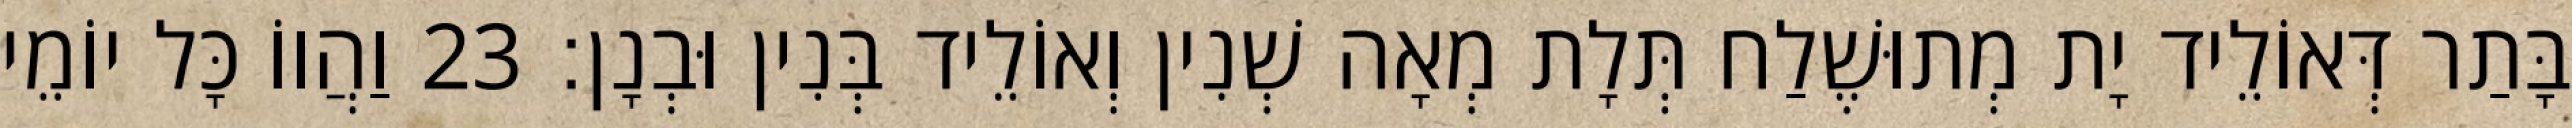
בָּתַר דְּאוֹלֵיד יָת מְתוּשֶׁלַח תְּלָת מְאָה שְׁנִין וְאוֹלֵיד בְּנִין וּבְנָן׃ 23 וַהֲווֹ כָּל יוֹמֵי